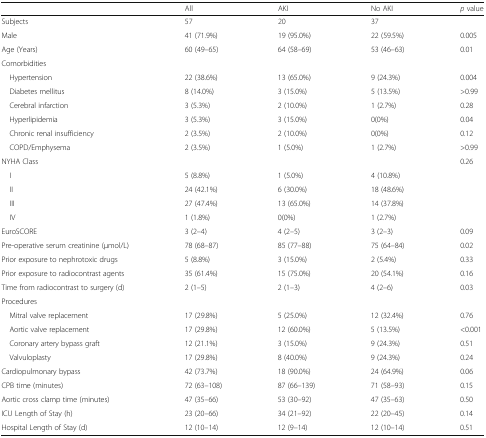
<table><thead><tr><td></td><td><b>All</b></td><td><b>AKI</b></td><td><b>No AKI</b></td><td><b><i>p</i> value</b></td></tr></thead><tbody><tr><td>Subjects</td><td>57</td><td>20</td><td>37</td><td></td></tr><tr><td>Male</td><td>41 (71.9%)</td><td>19 (95.0%)</td><td>22 (59.5%)</td><td>0.005</td></tr><tr><td>Age (Years)</td><td>60 (49–65)</td><td>64 (58–69)</td><td>53 (46–63)</td><td>0.01</td></tr><tr><td colspan="5">Comorbidities</td></tr><tr><td> Hypertension</td><td>22 (38.6%)</td><td>13 (65.0%)</td><td>9 (24.3%)</td><td>0.004</td></tr><tr><td> Diabetes mellitus</td><td>8 (14.0%)</td><td>3 (15.0%)</td><td>5 (13.5%)</td><td>&gt;0.99</td></tr><tr><td> Cerebral infarction</td><td>3 (5.3%)</td><td>2 (10.0%)</td><td>1 (2.7%)</td><td>0.28</td></tr><tr><td> Hyperlipidemia</td><td>3 (5.3%)</td><td>3 (15.0%)</td><td>0(0%)</td><td>0.04</td></tr><tr><td> Chronic renal insufficiency</td><td>2 (3.5%)</td><td>2 (10.0%)</td><td>0(0%)</td><td>0.12</td></tr><tr><td> COPD/Emphysema</td><td>2 (3.5%)</td><td>1 (5.0%)</td><td>1 (2.7%)</td><td>&gt;0.99</td></tr><tr><td>NYHA Class</td><td></td><td></td><td></td><td>0.26</td></tr><tr><td> I</td><td>5 (8.8%)</td><td>1 (5.0%)</td><td>4 (10.8%)</td><td></td></tr><tr><td> II</td><td>24 (42.1%)</td><td>6 (30.0%)</td><td>18 (48.6%)</td><td></td></tr><tr><td> III</td><td>27 (47.4%)</td><td>13 (65.0%)</td><td>14 (37.8%)</td><td></td></tr><tr><td> IV</td><td>1 (1.8%)</td><td>0(0%)</td><td>1 (2.7%)</td><td></td></tr><tr><td>EuroSCORE</td><td>3 (2–4)</td><td>4 (2–5)</td><td>3 (2–3)</td><td>0.09</td></tr><tr><td>Pre-operative serum creatinine (μmol/L)</td><td>78 (68–87)</td><td>85 (77–88)</td><td>75 (64–84)</td><td>0.02</td></tr><tr><td>Prior exposure to nephrotoxic drugs</td><td>5 (8.8%)</td><td>3 (15.0%)</td><td>2 (5.4%)</td><td>0.33</td></tr><tr><td>Prior exposure to radiocontrast agents</td><td>35 (61.4%)</td><td>15 (75.0%)</td><td>20 (54.1%)</td><td>0.16</td></tr><tr><td>Time from radiocontrast to surgery (d)</td><td>2 (1–5)</td><td>2 (1–3)</td><td>4 (2–6)</td><td>0.03</td></tr><tr><td colspan="5">Procedures</td></tr><tr><td> Mitral valve replacement</td><td>17 (29.8%)</td><td>5 (25.0%)</td><td>12 (32.4%)</td><td>0.76</td></tr><tr><td> Aortic valve replacement</td><td>17 (29.8%)</td><td>12 (60.0%)</td><td>5 (13.5%)</td><td>&lt;0.001</td></tr><tr><td> Coronary artery bypass graft</td><td>12 (21.1%)</td><td>3 (15.0%)</td><td>9 (24.3%)</td><td>0.51</td></tr><tr><td> Valvuloplasty</td><td>17 (29.8%)</td><td>8 (40.0%)</td><td>9 (24.3%)</td><td>0.24</td></tr><tr><td>Cardiopulmonary bypass</td><td>42 (73.7%)</td><td>18 (90.0%)</td><td>24 (64.9%)</td><td>0.06</td></tr><tr><td>CPB time (minutes)</td><td>72 (63–108)</td><td>87 (66–139)</td><td>71 (58–93)</td><td>0.15</td></tr><tr><td>Aortic cross clamp time (minutes)</td><td>47 (35–66)</td><td>53 (30–92)</td><td>47 (35–63)</td><td>0.50</td></tr><tr><td>ICU Length of Stay (h)</td><td>23 (20–66)</td><td>34 (21–92)</td><td>22 (20–45)</td><td>0.14</td></tr><tr><td>Hospital Length of Stay (d)</td><td>12 (10–14)</td><td>12 (9–14)</td><td>12 (10–14)</td><td>0.51</td></tr></tbody></table>